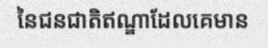
នៃជនជាតិឥណ្ឌាដែលគេមាន